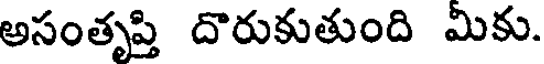
అసంతృప్తి దొరుకుతుంది మికు.